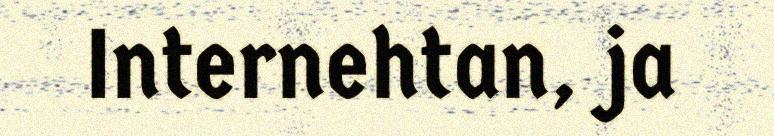
Internehtan, ja